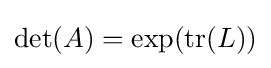
\det(A)=\exp(\operatorname {tr} (L))